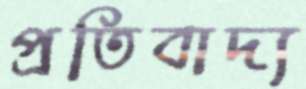
প্রতিবাদ্য